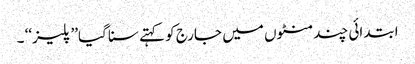
ابتدائی چند منٹوں میں جارج کو کہتے سنا گیا’’ پلیز‘‘ ۔